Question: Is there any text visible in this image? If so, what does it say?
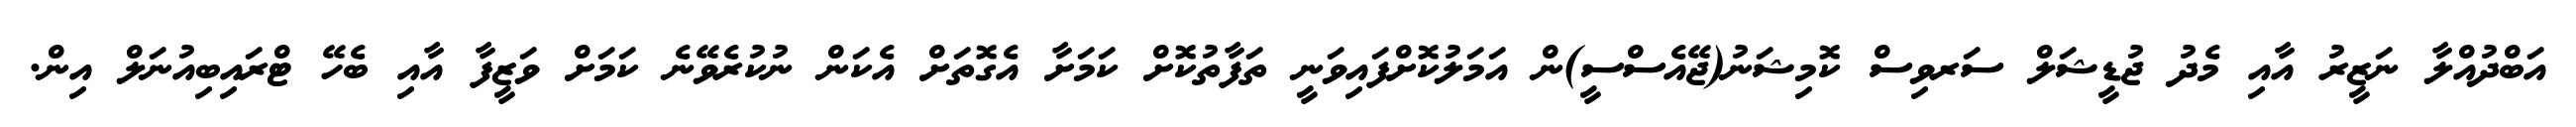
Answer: އަބްދުއްލާ ނަޒީރު އާއި މެދު ޖުޑީޝަލް ސަރވިސް ކޮމިޝަނު(ޖޭއެސްސީ)ން އަމަލުކޮށްފައިވަނީ ތަފާތުކޮށް ކަމަށާ އެގޮތަށް އެކަން ނުކުރެވޭނެ ކަމަށް ވަޒީފާ އާއި ބެހޭ ޓްރައިބިއުނަލް އިން.